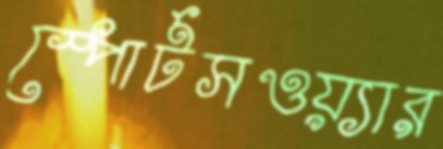
স্পোর্টসওয়্যার